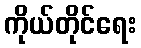
ကိုယ်တိုင်ရေး